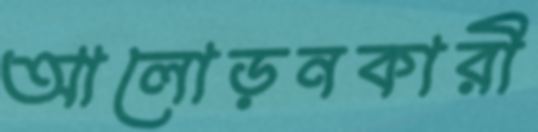
আলোড়নকারী